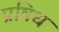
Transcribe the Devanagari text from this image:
प्रषिध